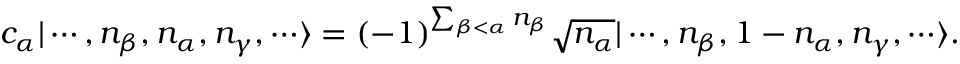
c _ { \alpha } | \cdots , n _ { \beta } , n _ { \alpha } , n _ { \gamma } , \cdots \rangle = ( - 1 ) ^ { \sum _ { \beta < \alpha } n _ { \beta } } { \sqrt { n _ { \alpha } } } | \cdots , n _ { \beta } , 1 - n _ { \alpha } , n _ { \gamma } , \cdots \rangle .